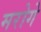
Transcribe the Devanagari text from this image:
मरोगे